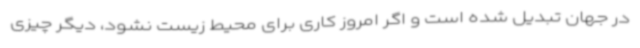
در جهان تبدیل شده است و اگر امروز کاری برای محیط زیست نشود، دیگر چیزی